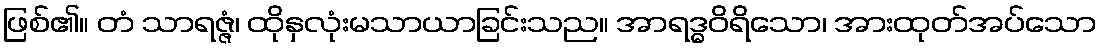
ဖြစ်၏။ တံ သာရဇ္ဇံ၊ ထိုနှလုံးမသာယာခြင်းသည။ အာရဒ္ဓဝိရိသော၊ အားထုတ်အပ်သော